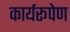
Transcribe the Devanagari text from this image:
कार्यरूपेण